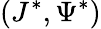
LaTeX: (J^{*},\Psi^{*})